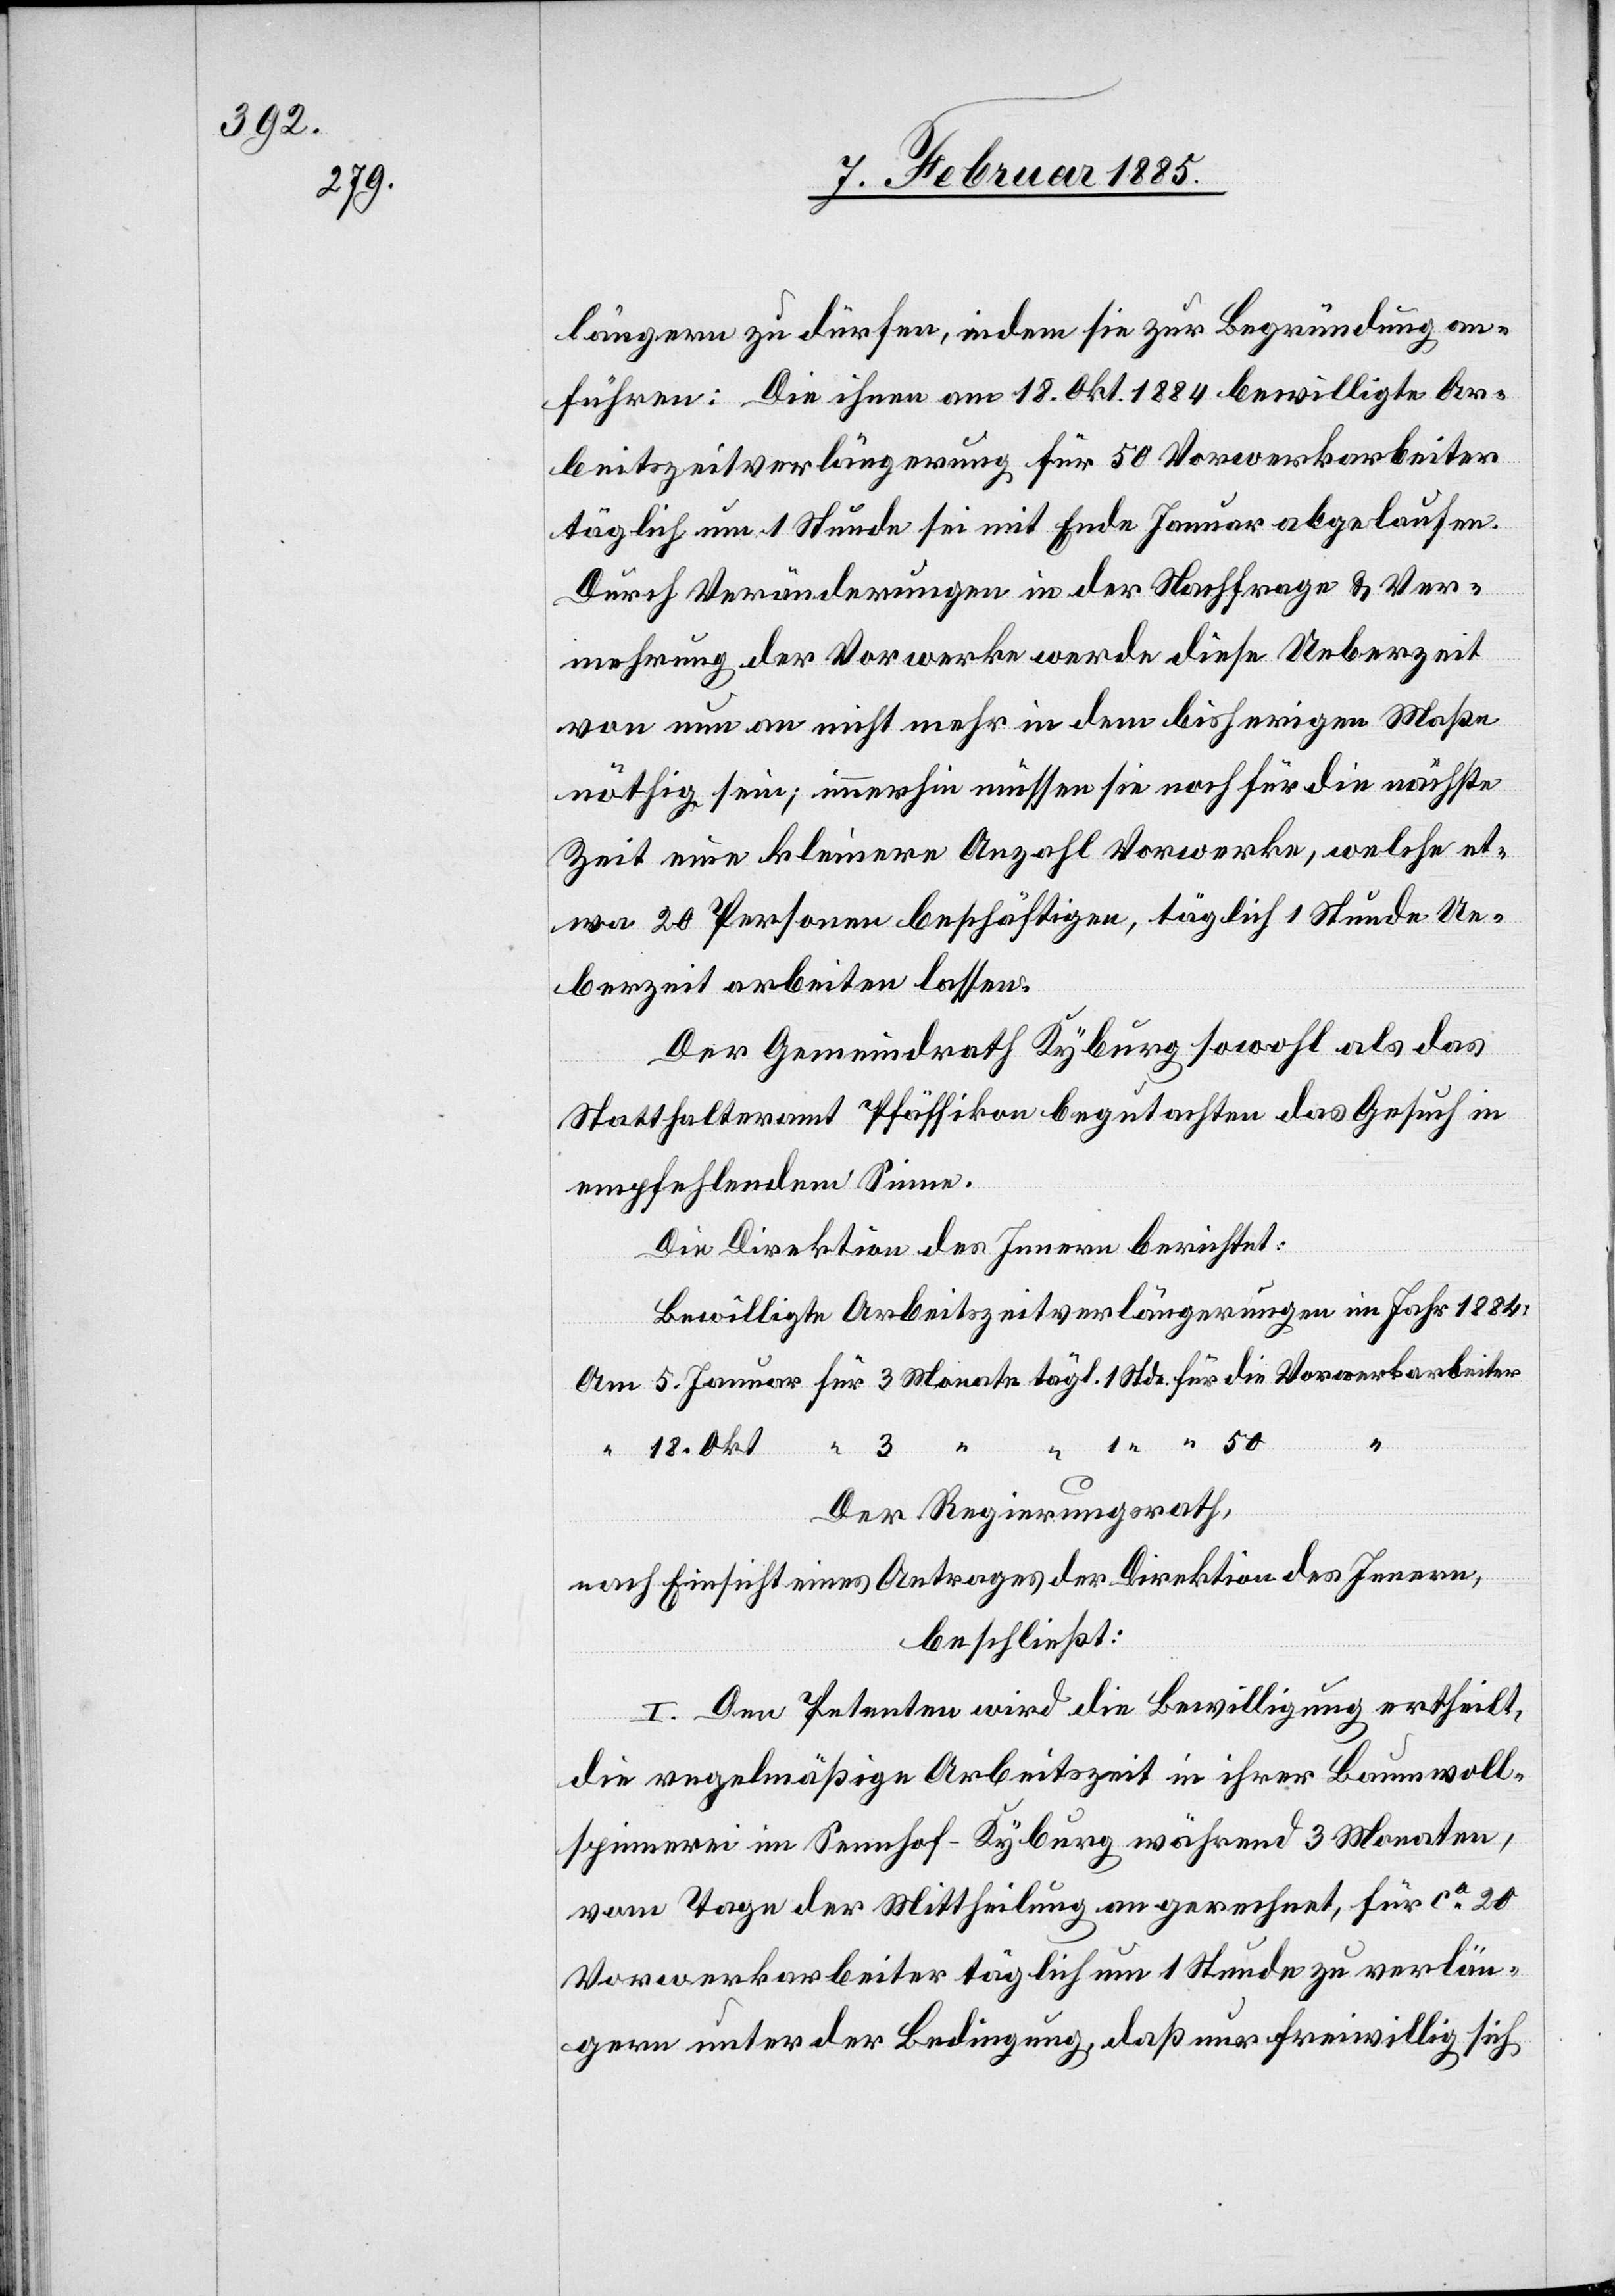
längern zu dürfen, indem sie zur Begründung an¬
führen: Die ihnen am 18. Okt. 1884 bewilligte Ar¬
beitszeitverlängerung für 50 Vorwerkarbeiter
täglich um 1 Stunde sei mit Ende Januar abgelaufen.
Durch Veränderungen in der Nachfrage & Ver¬
mehrung der Vorwerke werde diese Ueberzeit
von nun an nicht mehr in dem bisherigen Maße
nöthig sein; immerhin müssen sie noch für die nächste
Zeit eine kleinere Anzahl Vorwerke, welche et¬
wa 20 Personen beschäftigen, täglich 1 Stunde Ue¬
berzeit arbeiten lassen.
Der Gemeindrath Kyburg sowohl als das
Statthalteramt Pfäffikon begutachten das Gesuch in
empfehlendem Sinne.
Die Direktion des Innern berichtet:
Bewilligte Arbeitszeitverlängerungen im Jahr 1884:
Am 5. Januar für 3 Monate tägl. 1 Stde. für die Vorwerkarbeiter
1 “ “ 50
Der Regierungsrath,
nach Einsicht eines Antrages der Direktion des Innern,
beschließt:
1. Den Petenten wird die Bewilligung ertheilt,
die regelmäßige Arbeitszeit in ihrer Baumwoll¬
spinnerei im Sennhof - Kyburg während 3 Monaten,
vom Tage der Mittheilung an gerechnet, für ca 20
Vorwerkarbeiter täglich um 1 Stunde zu verlän¬
gern unter der Bedingung, daß nur freiwillig sich